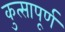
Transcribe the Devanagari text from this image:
कुत्सापूर्ण